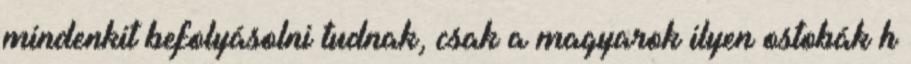
mindenkit befolyásolni tudnak, csak a magyarok ilyen ostobák h